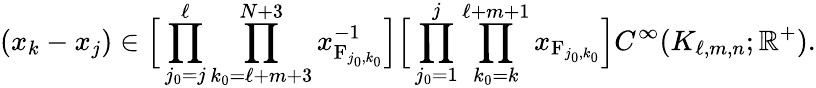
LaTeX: (x_{k}-x_{j})\in\Big[\prod_{j_{0}=j}^{\ell}\prod_{k_{0}=\ell+m+3}^{N+3}x_{\mathrm{F}_{j_{0},k_{0}}}^{-1}\Big]\Big[\prod_{j_{0}=1}^{j}\prod_{k_{0}=k}^{\ell+m+1}x_{\mathrm{F}_{j_{0},k_{0}}}\Big]C^{\infty}(K_{\ell,m,n};\mathbb{R}^{+}).